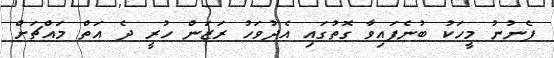
ފެނުނު މީހަކު ބުނެފައިވާ ގޮތުގައި އެދުވަހު ރަޒަން ހުރީ ދެ އަތް މައްޗަށް